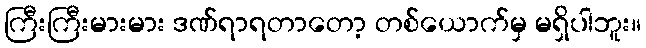
ကြီးကြီးမားမား ဒဏ်ရာရတာတော့ တစ်ယောက်မှ မရှိပါဘူး။